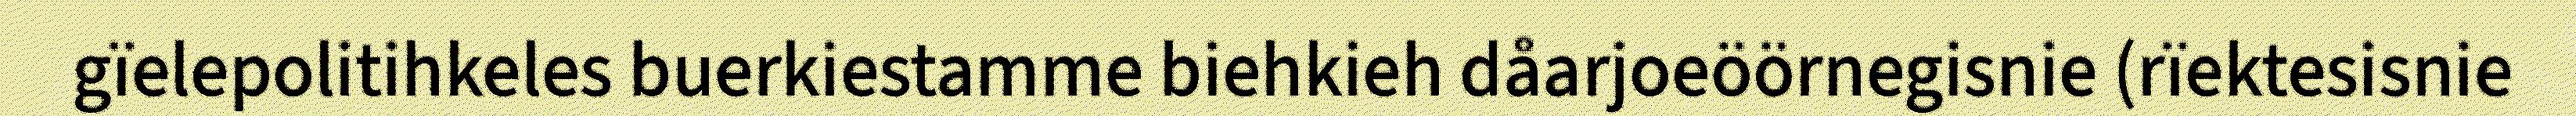
gïelepolitihkeles buerkiestamme biehkieh dåarjoeöörnegisnie (rïektesisnie